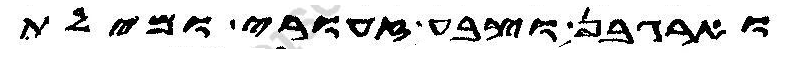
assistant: וארגבן וצבע זעורי ומילת